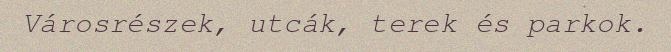
Városrészek, utcák, terek és parkok.